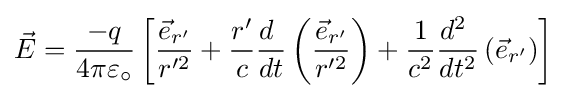
{\vec {E}}={-q \over 4\pi \varepsilon _{\circ }}\left[{{\vec {e}}_{r'} \over r'^{2}}+{r' \over c}{d\  \over dt}\left({{\vec {e}}_{r'} \over r'^{2}}\right)+{1 \over c^{2}}{d^{2}\  \over dt^{2}}\left({\vec {e}}_{r'}\right)\right]